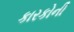
કારકોની